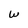
Character: W